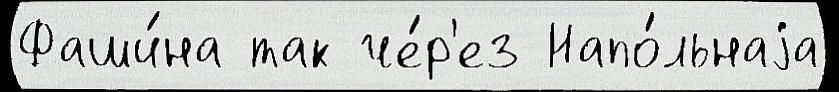
Фаши́на так че́р'ез Напо́льнаjа